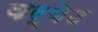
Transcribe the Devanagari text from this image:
वर्वेट